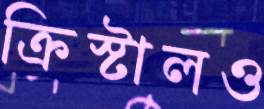
ক্রিস্টালও